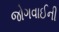
જોગવાઈની